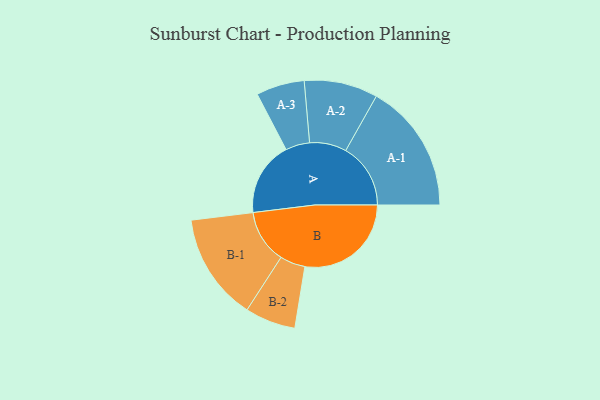
{"axis": {"x": "Segment", "y": "Value"}, "legend": ["", "A", "B"], "data": [{"x": "A", "y": 323, "type": ""}, {"x": "B", "y": 462, "type": ""}, {"x": "A-1", "y": 282, "type": "A"}, {"x": "A-2", "y": 160, "type": "A"}, {"x": "A-3", "y": 105, "type": "A"}, {"x": "B-1", "y": 233, "type": "B"}, {"x": "B-2", "y": 110, "type": "B"}]}